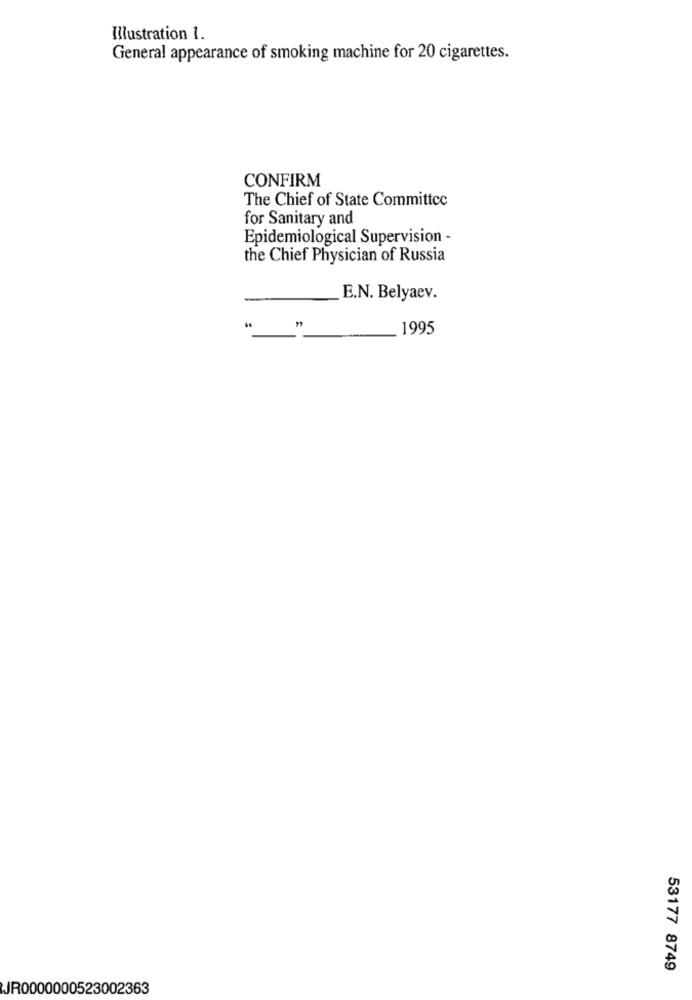
Illustration 1.
General appearance of smoking machine for 20 cigarettes.
CONFIRM
The Chief of State Committee
for Sanitary and
Epidemiological Supervision -
the Chief Physician of Russia
E.N. Belyaev.
1995
53177 8749
JR0000000523002363